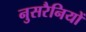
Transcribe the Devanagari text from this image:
नुसरैनियों